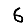
Digit: 6